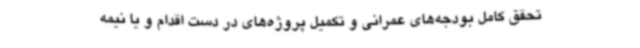
تحقق کامل بودجه‌های عمرانی و تکمیل پروژه‌های در دست اقدام و یا نیمه